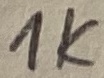
Text: 1K